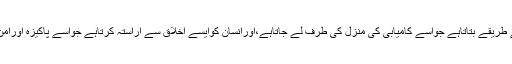
مذہب اسلام ایک دین فطرت ہے،جوانسان کوایسے طریقے بتاتاہے جواسے کامیابی کی منزل کی طرف لے جاتاہے،اورانسان کوایسے اخلاق سے آراستہ کرتاہے جواسے پاکیزہ اورامن وسکون والی زندگی گزارنے کاسلیقہ سکھاتاہے۔